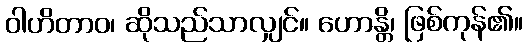
ဝါဟိတာဝ၊ ဆိုသည်သာလျှင်။ ဟောန္တိ၊ ဖြစ်ကုန်၏။